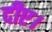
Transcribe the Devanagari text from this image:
दीए।